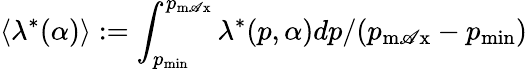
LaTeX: \langle\lambda^{*}(\alpha)\rangle:=\int_{p_{\operatorname*{min}}}^{p_{\operatorname*{m\mathscr{A}x}}}\lambda^{*}(p,\alpha)dp/(p_{\operatorname*{m\mathscr{A}x}}-p_{\operatorname*{min}})